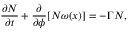
\frac { \partial N } { \partial t } + \frac { \partial } { \partial \phi } [ N \omega ( x ) ] = - \Gamma N ,